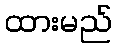
ထားမည်